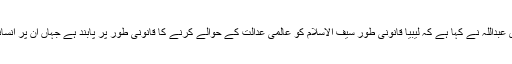
تاہم جرائم کی عالمی عدالت کے ترجمان فدی عبداللہ نے کہا ہے کہ لیبیا قانونی طور سیف الاسلام کو عالمی عدالت کے حوالے کرنے کا قانونی طور پر پابند ہے جہاں ان پر انسانیت کے خلاف جرائم کا مقدمہ زیر التوا ہے۔